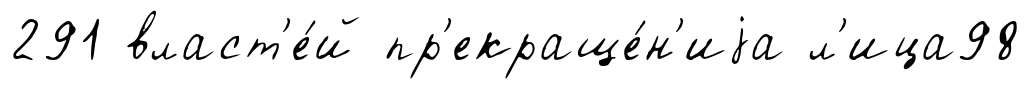
291 власт'е́й пр'екраще́н'иjа л'ица98